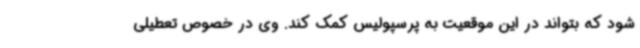
شود که بتواند در این موقعیت به پرسپولیس کمک کند. وی در خصوص تعطیلی